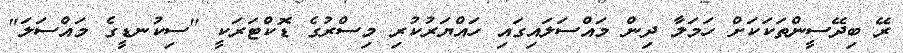
ރޭ ބިދޭސީންތަކަކަށް ހަމަލާ ދިން މައްސަލައިގައި ހައްޔަރުކުރި މިސްރުގެ ޑޮކްޓަރަކީ "ސިކުނޑީގެ މައްސަލަ"